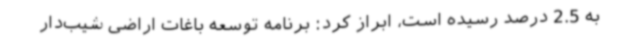
به 2.5 درصد رسیده است، ابراز کرد: برنامه توسعه باغات اراضی شیب‌دار